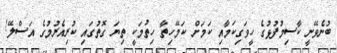
ބުނެވޭނީ ކާސިމުފުޅުގެ ހީވަގިކަމާއި ކަމަށް ކަމޭހިތާ ހިތުމަކީ ތިޔަ ގޮތުގައި ކުރިއެރުމުގެ އަސްލޭ!